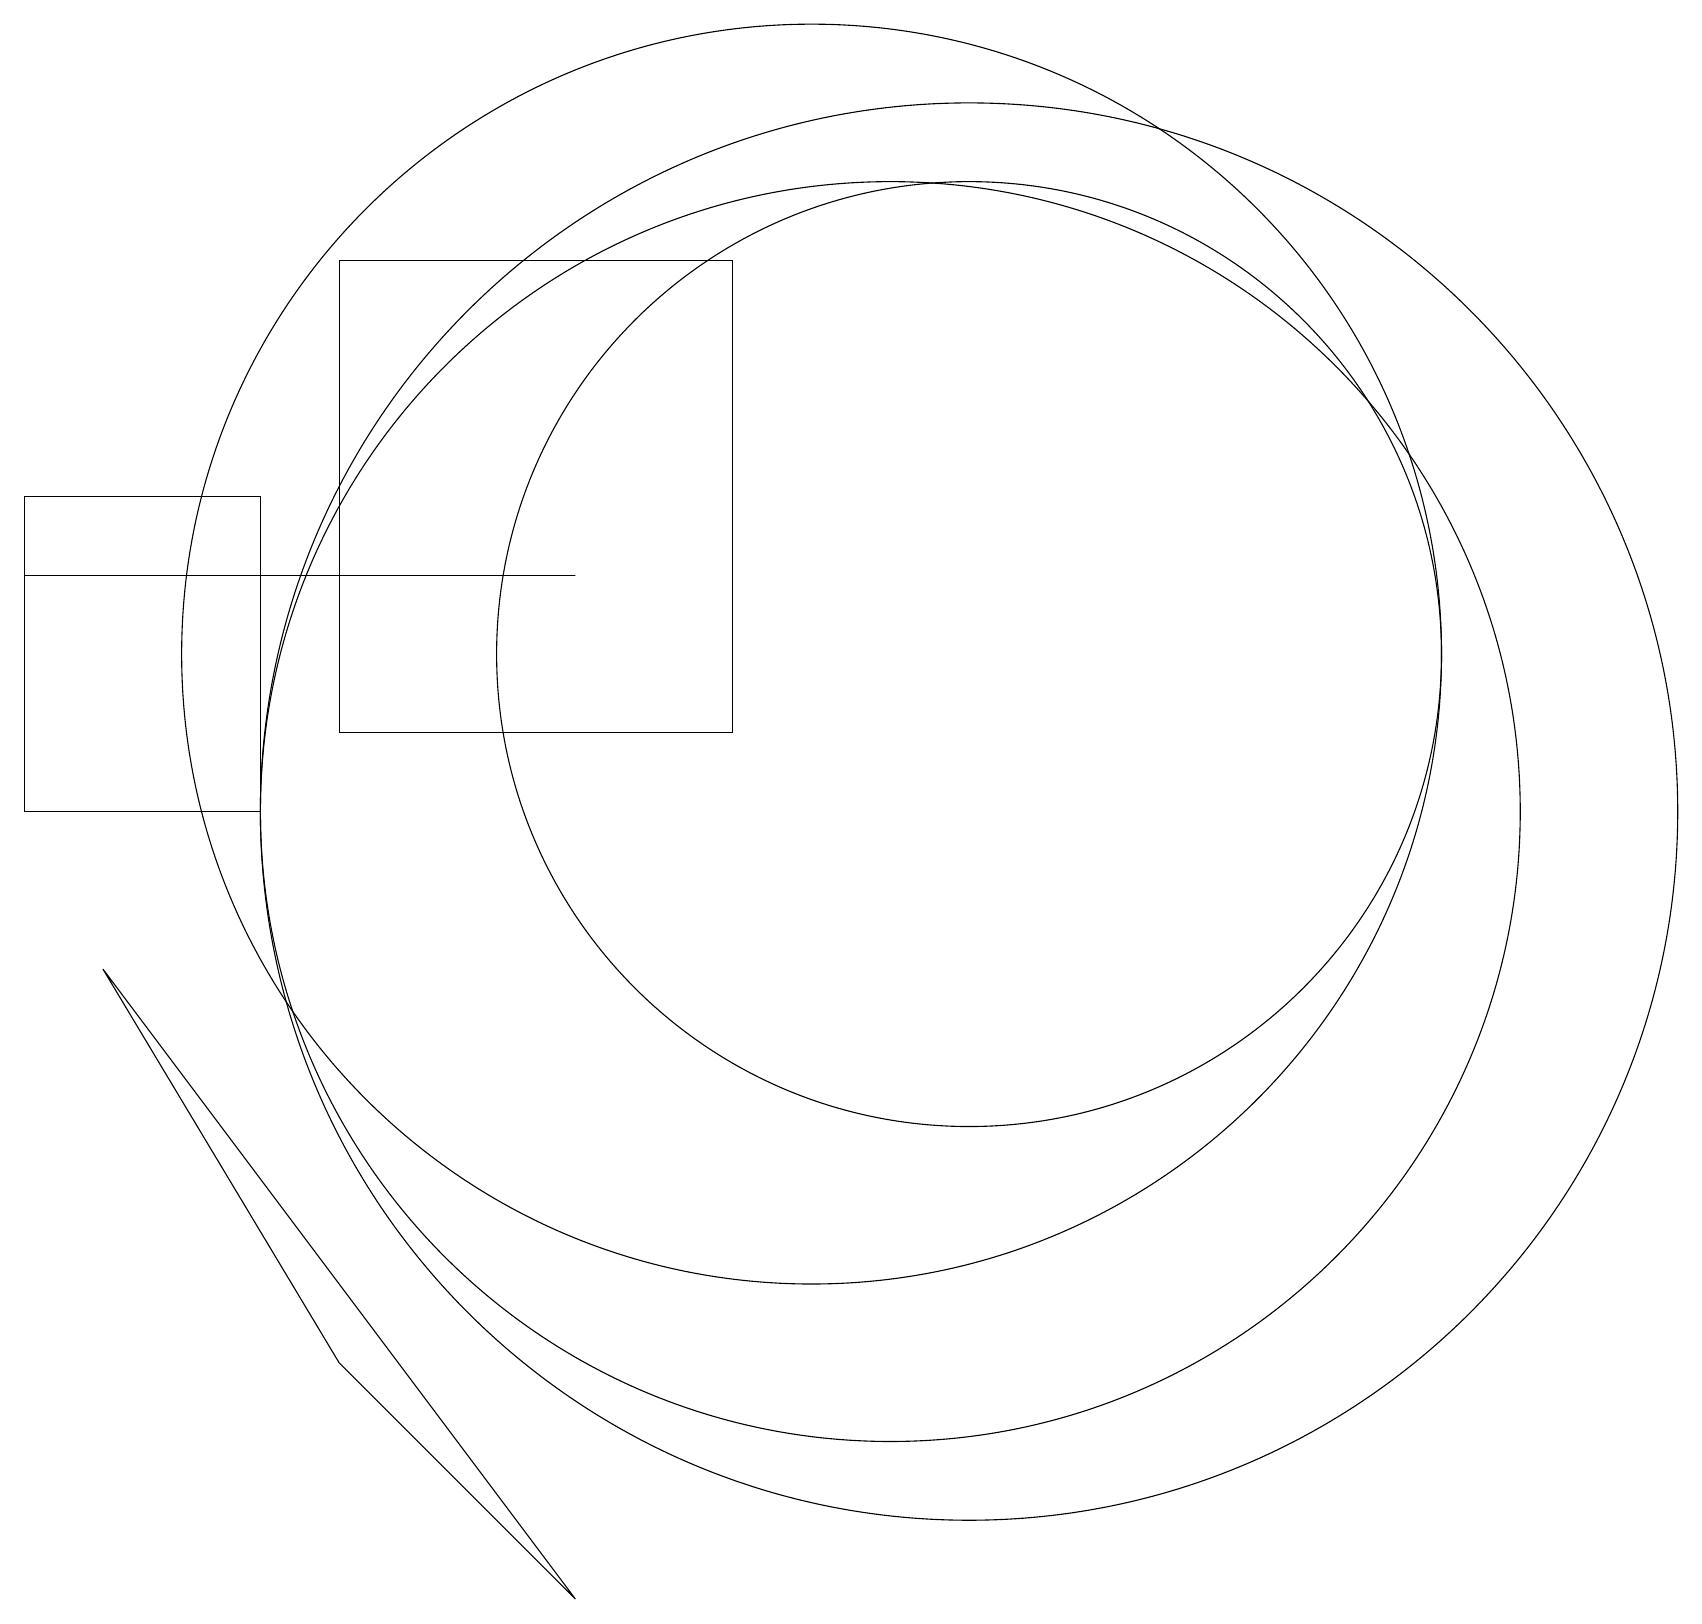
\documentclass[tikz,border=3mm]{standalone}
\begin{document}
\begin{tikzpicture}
\draw (3,10) rectangle (0,14);
\draw (11,10) circle (8);
\draw (4,17) rectangle (9,11);
\draw (10,12) circle (8);
\draw (0,13) rectangle (7,13);
\draw (12,12) circle (6);
\draw (7,0) -- (4,3) -- (1,8) -- cycle;
\draw (12,10) circle (9);
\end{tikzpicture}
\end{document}